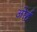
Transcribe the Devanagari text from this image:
ओर्ह